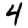
Digit: 4